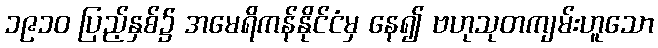
၁၉၁၀ ပြည့်နှစ်၌ အမေရိကန်နိုင်ငံမှ နေ၍ ဗဟုသုတကျမ်းဟူသော